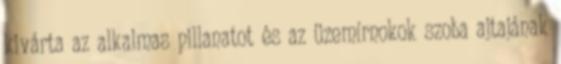
kivárta az alkalmas pillanatot és az üzemírnokok szoba ajtajának